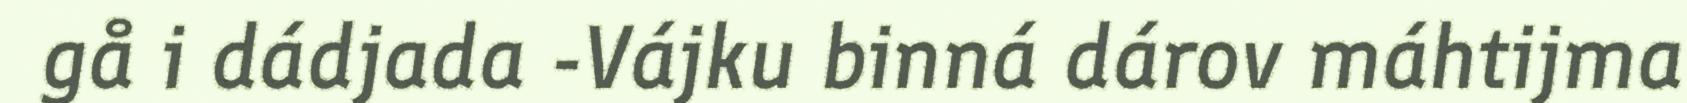
gå i dádjada -Vájku binná dárov máhtijma